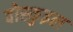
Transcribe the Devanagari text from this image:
वोस्कुइल